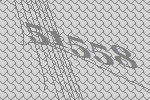
51558